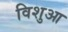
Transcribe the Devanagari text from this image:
विशुआ